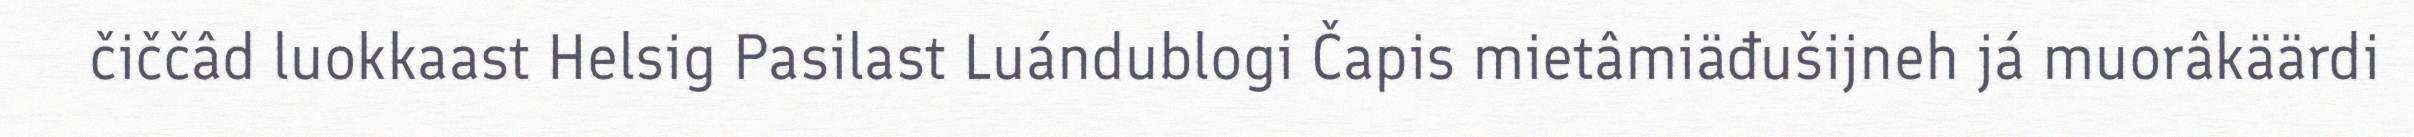
čiččâd luokkaast Helsig Pasilast Luándublogi Čapis mietâmiäđušijneh já muorâkäärdi